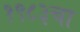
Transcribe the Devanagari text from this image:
१९८३चा